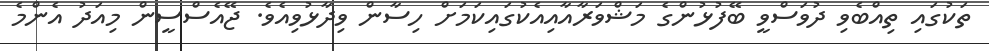
ތަކުގައި ތިއްބެވި ދުވަސްވީ ބޭފުޅުންގެ މަޝްވަރާއާއިއެކުގައިކަމަށް ހިސާން ވިދާޅުވިއެވެ. ޖޭއެސްސީން މިއަދު އެންމެ